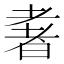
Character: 𱻭